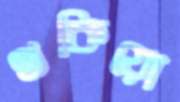
থকিয়ো